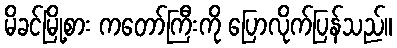
မိခင်မြို့စား ကတော်ကြီးကို ပြောလိုက်ပြန်သည်။